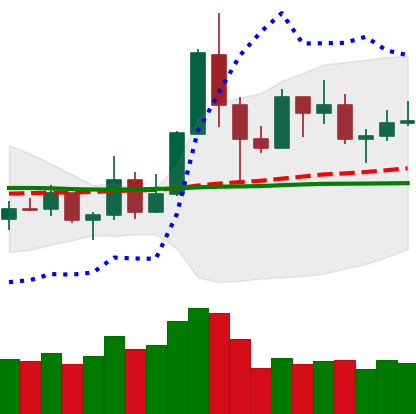
Ticker: TRX-USD
Chart end date: 2019-05-25
Forward return: 11.636%
Label: up_7plus